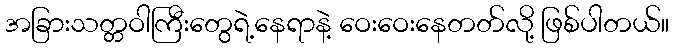
အခြားသတ္တဝါကြီးတွေရဲ့နေရာနဲ့ ဝေးဝေးနေတတ်လို့ ဖြစ်ပါတယ်။